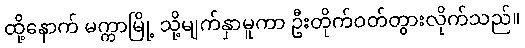
ထို့နောက် မက္ကာမြို့ သို့မျက်နှာမူကာ ဦးတိုက်ဝတ်တွားလိုက်သည်။